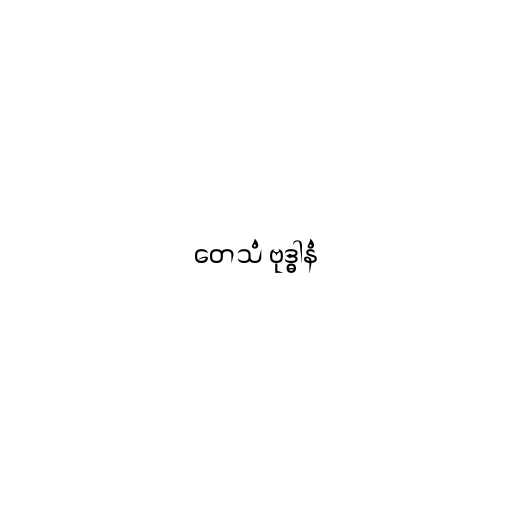
တေသံ ဗုဒ္ဓါနံ